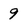
Character: 9